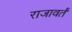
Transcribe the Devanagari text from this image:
राजावर्तं